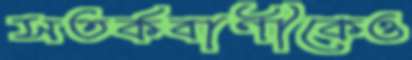
সতর্কবাণীকেও